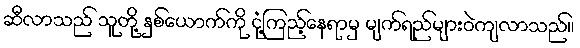
ဆီလာသည် သူတို့ နှစ်ယောက်ကို ငုံ့ကြည့်နေရာမှ မျက်ရည်များဝဲကျလာသည်။